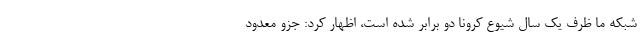
شبکه ما ظرف یک سال شیوع کرونا دو برابر شده است، اظهار کرد: جزو معدود